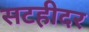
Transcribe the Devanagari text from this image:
सटहीदर